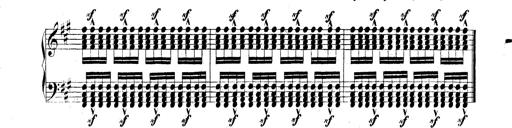
Title: Technische Studien
Composer: Franz Liszt